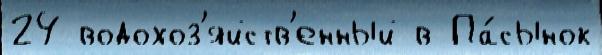
24 водохоз'яйств'енный в Па́сынок